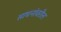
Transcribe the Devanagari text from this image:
साधनांवरील